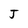
Character: J